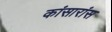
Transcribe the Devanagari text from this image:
कांसारांस